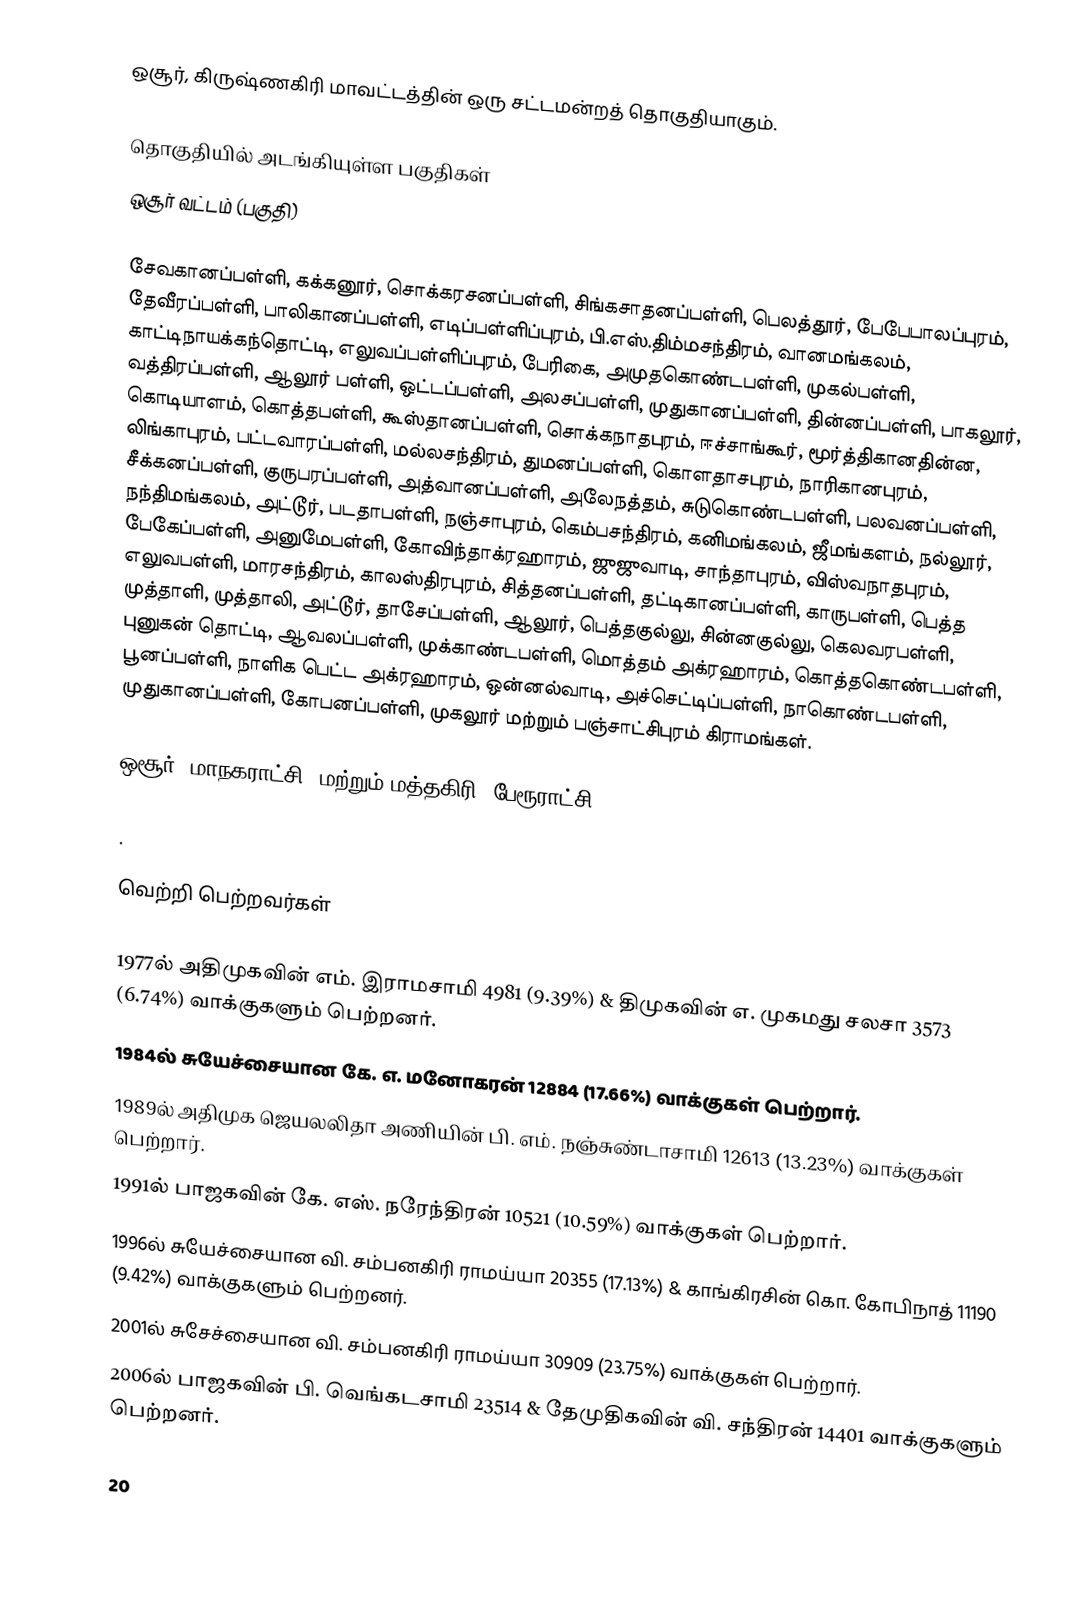
ஒசூர், கிருஷ்ணகிரி மாவட்டத்தின் ஒரு சட்டமன்றத் தொகுதியாகும்.

தொகுதியில் அடங்கியுள்ள பகுதிகள்
ஒசூர் வட்டம் (பகுதி)

சேவகானப்பள்ளி, கக்கனூர், சொக்கரசனப்பள்ளி, சிங்கசாதனப்பள்ளி, பெலத்தூர், பேபேபாலப்புரம், தேவீரப்பள்ளி, பாலிகானப்பள்ளி, எடிப்பள்ளிப்புரம், பி.எஸ்.திம்மசந்திரம், வானமங்கலம், காட்டிநாயக்கந்தொட்டி, எலுவப்பள்ளிப்புரம், பேரிகை, அமுதகொண்டபள்ளி, முகல்பள்ளி, வத்திரப்பள்ளி, ஆலூர் பள்ளி, ஒட்டப்பள்ளி, அலசப்பள்ளி, முதுகானப்பள்ளி, தின்னப்பள்ளி, பாகலூர், கொடியாளம், கொத்தபள்ளி, கூஸ்தானப்பள்ளி, சொக்கநாதபுரம், ஈச்சாங்கூர், மூர்த்திகானதின்ன, லிங்காபுரம், பட்டவாரப்பள்ளி, மல்லசந்திரம், துமனப்பள்ளி, கொளதாசபுரம், நாரிகானபுரம், சீக்கனப்பள்ளி, குருபரப்பள்ளி, அத்வானப்பள்ளி, அலேநத்தம், சுடுகொண்டபள்ளி, பலவனப்பள்ளி, நந்திமங்கலம், அட்டூர், படதாபள்ளி, நஞ்சாபுரம், கெம்பசந்திரம், கனிமங்கலம், ஜீமங்களம், நல்லூர், பேகேப்பள்ளி, அனுமேபள்ளி, கோவிந்தாக்ரஹாரம், ஜுஜுவாடி, சாந்தாபுரம், விஸ்வநாதபுரம், எலுவபள்ளி, மாரசந்திரம், காலஸ்திரபுரம், சித்தனப்பள்ளி, தட்டிகானப்பள்ளி, காருபள்ளி, பெத்த முத்தாளி, முத்தாலி, அட்டூர், தாசேப்பள்ளி, ஆலூர், பெத்தகுல்லு, சின்னகுல்லு, கெலவரபள்ளி, புனுகன் தொட்டி, ஆவலப்பள்ளி, முக்காண்டபள்ளி, மொத்தம் அக்ரஹாரம், கொத்தகொண்டபள்ளி, பூனப்பள்ளி, நாளிக பெட்ட அக்ரஹாரம், ஒன்னல்வாடி, அச்செட்டிப்பள்ளி, நாகொண்டபள்ளி, முதுகானப்பள்ளி, கோபனப்பள்ளி, முகலூர் மற்றும் பஞ்சாட்சிபுரம் கிராமங்கள்.

ஒசூர் (மாநகராட்சி) மற்றும் மத்தகிரி (பேரூராட்சி).

.

வெற்றி பெற்றவர்கள்

 1977ல் அதிமுகவின் எம். இராமசாமி 4981 (9.39%) & திமுகவின் எ. முகமது சலசா 3573 (6.74%) வாக்குகளும் பெற்றனர்.
 1984ல் சுயேச்சையான கே. எ. மனோகரன் 12884 (17.66%) வாக்குகள் பெற்றார்.
 1989ல் அதிமுக ஜெயலலிதா அணியின் பி. எம். நஞ்சுண்டாசாமி 12613 (13.23%) வாக்குகள் பெற்றார்.
 1991ல் பாஜகவின் கே. எஸ். நரேந்திரன் 10521 (10.59%) வாக்குகள் பெற்றார்.
 1996ல் சுயேச்சையான வி. சம்பனகிரி ராமய்யா 20355 (17.13%) & காங்கிரசின் கொ. கோபிநாத் 11190 (9.42%) வாக்குகளும் பெற்றனர்.
 2001ல் சுசேச்சையான வி. சம்பனகிரி ராமய்யா 30909 (23.75%) வாக்குகள் பெற்றார்.
 2006ல் பாஜகவின் பி. வெங்கடசாமி 23514 & தேமுதிகவின் வி. சந்திரன் 14401 வாக்குகளும் பெற்றனர்.

20